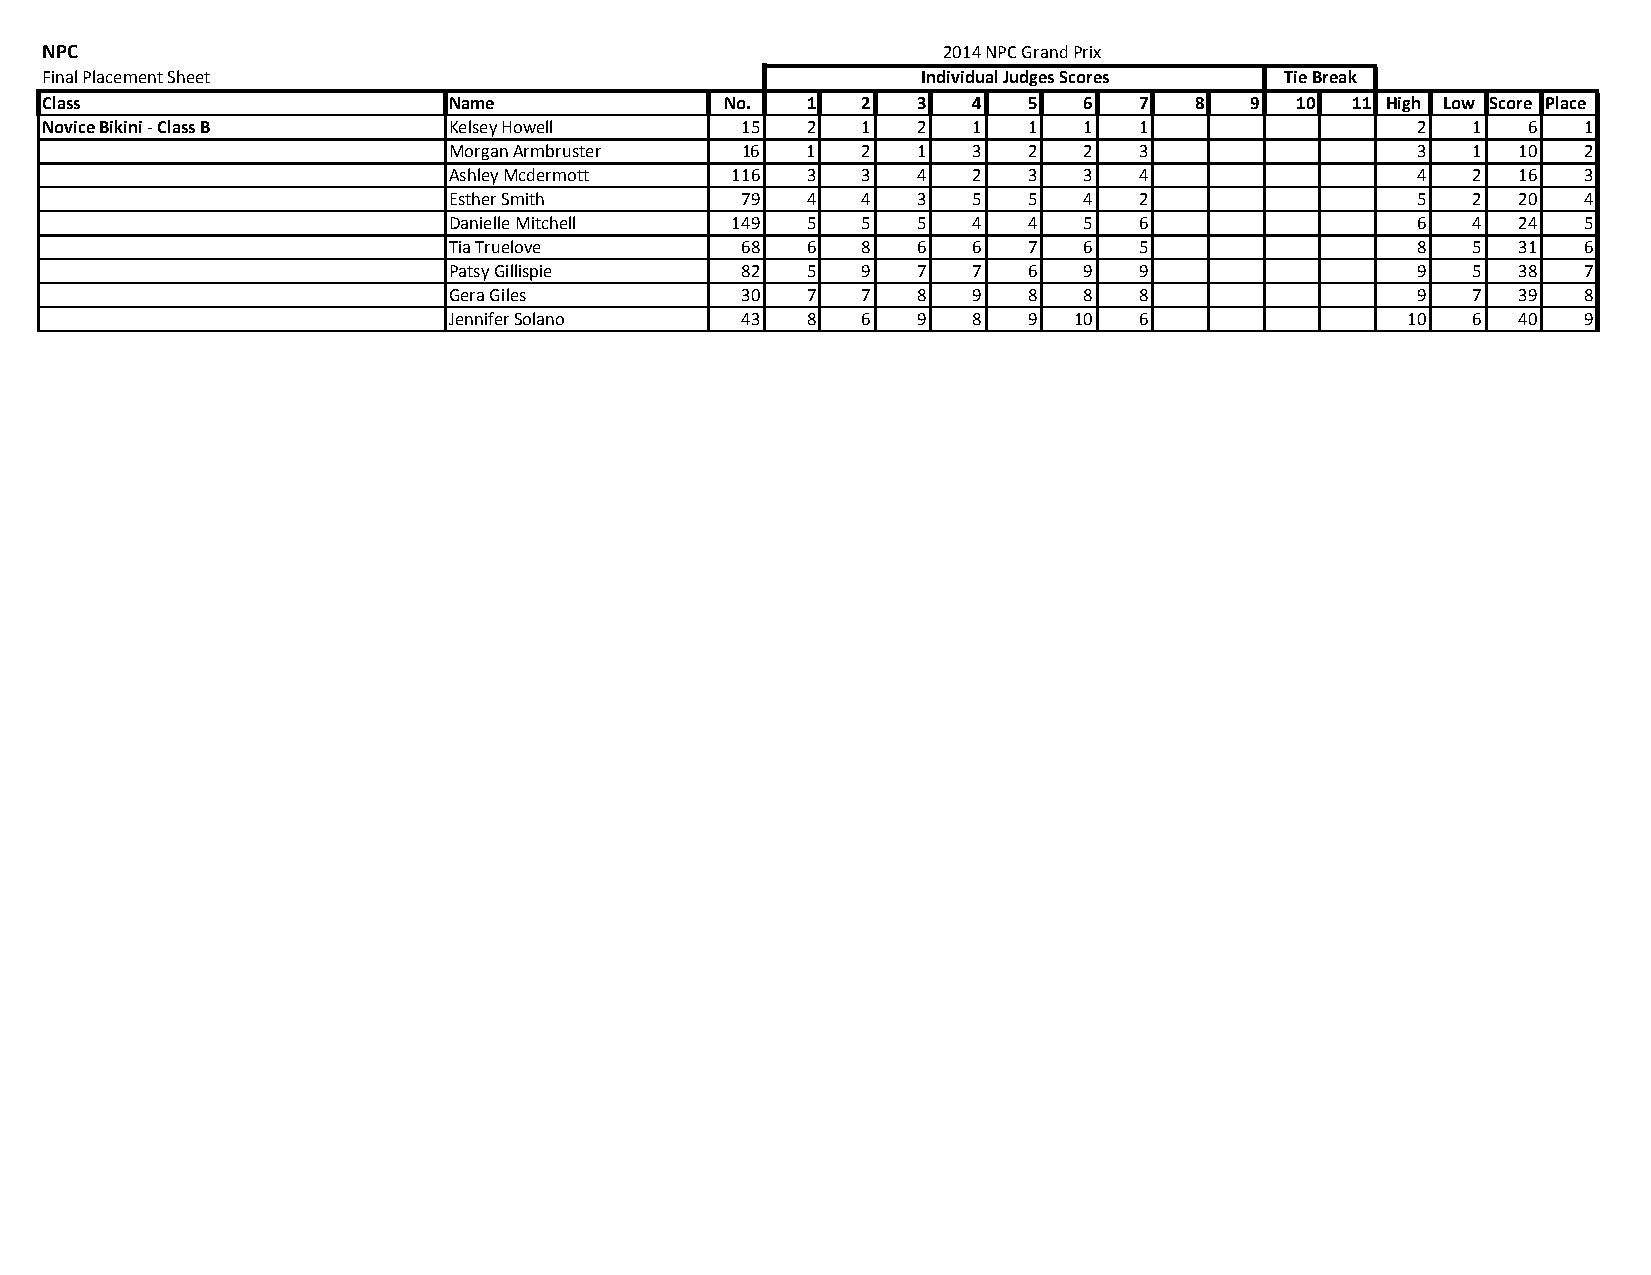
NPC                                                        2014 NPC Grand Prix
 Final Placement Sheet                                     Individual Judges Scores Tie Break
 Class                      Name              No.  1   2   3  4   5   6  7   8   9  10 11 High Low Score Place
 Novice Bikini ‐ Class B    Kelsey Howell      15  2   1   2  1   1   1  1                  2  1   6   1
 Morgan Armbruster  16  1   2   1  3   2   2  3                  3  1   10  2
 Ashley Mcdermott  116  3   3   4  2   3   3  4                  4  2   16  3
 Esther Smith       79  4   4   3  5   5   4  2                  5  2   20  4
 Danielle Mitchell 149  5   5   5  4   4   5  6                  6  4   24  5
 Tia Truelove       68  6   8   6  6   7   6  5                  8  5   31  6
 Patsy Gillispie    82  5   9   7  7   6   9  9                  9  5   38  7
 Gera Giles         30  7   7   8  9   8   8  8                  9  7   39  8
 Jennifer Solano    43  8   6   9  8   9  10  6                 10  6   40  9